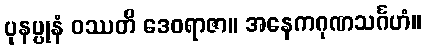
ပုနပ္ပုနံ ဝဿတိ ဒေဝရာဇာ။ အနေကဂုဏသင်္ဂဟံ။